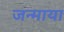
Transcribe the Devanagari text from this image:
जन्माया